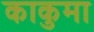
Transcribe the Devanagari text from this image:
काकुमा